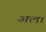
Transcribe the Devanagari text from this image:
अल।